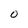
Character: O